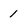
Character: 1